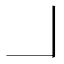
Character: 𠃎